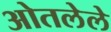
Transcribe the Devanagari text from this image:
ओतलेले